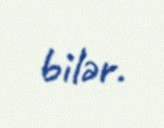
bilər.